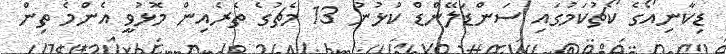
ޑިކާނިއޯގެ ކޯޗުކަމުގައި ސަންޑަލޭންޑް ކުޅުނު 13 މެޗުގެ ތެރެއިން މޮޅުވީ އެންމެ ތިން